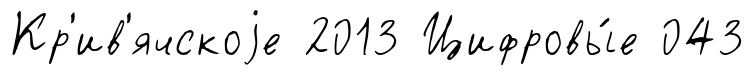
Кр'ив'ячскоjе 2013 Цифровы́е 043